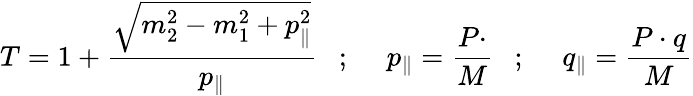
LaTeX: T=1+\frac{\sqrt{m_{2}^{2}-m_{1}^{2}+p_{\parallel}^{2}}}{p_{\parallel}}\ \ \ ;\ \ \ \ \ p_{\parallel}=\frac{P\cdotp}{M}\ \ \ ;\ \ \ \ \ q_{\parallel}=\frac{P\cdot q}{M}